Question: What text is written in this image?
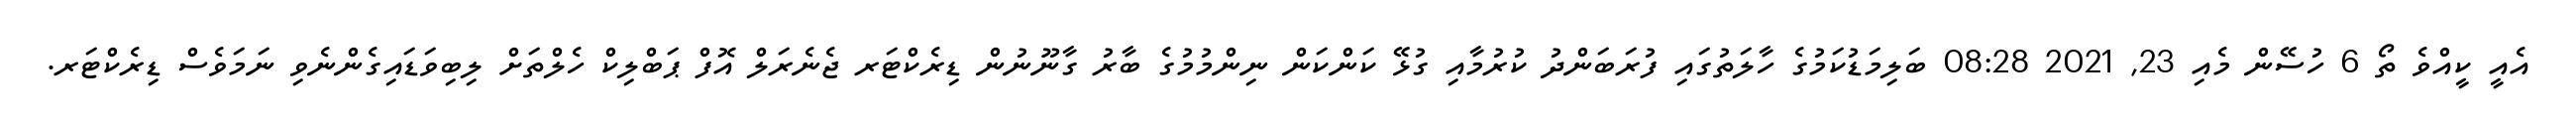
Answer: އެއީ ކީއްވެ ތޯ 6 ހުސޭން މެއި 23, 2021 08:28 ބަލިމަޑުކަމުގެ ހާލަތުގައި ފުރަބަންދު ކުރުމާއި ގުޅޭ ކަންކަން ނިންމުމުގެ ބާރު ގާނޫނުން ޑިރެކްޓަރ ޖެނެރަލް އޮފް ޕަބްލިކް ހެލްތަށް ލިބިވަޑައިގެންނެވި ނަމަވެސް ޑިރެކްޓަރ.